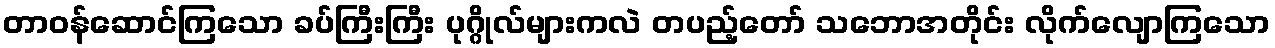
တာဝန်ဆောင်ကြသော ခပ်ကြီးကြီး ပုဂ္ဂိုလ်များကလဲ တပည့်တော် သဘောအတိုင်း လိုက်လျောကြသော